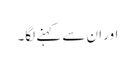
اور ان سے کہنے لگا۔